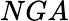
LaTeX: NGA